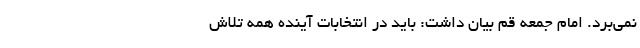
نمی‌بَرد. امام جمعه قم بیان داشت: باید در انتخابات آینده همه تلاش